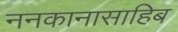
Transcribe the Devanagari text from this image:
ननकानासाहिब